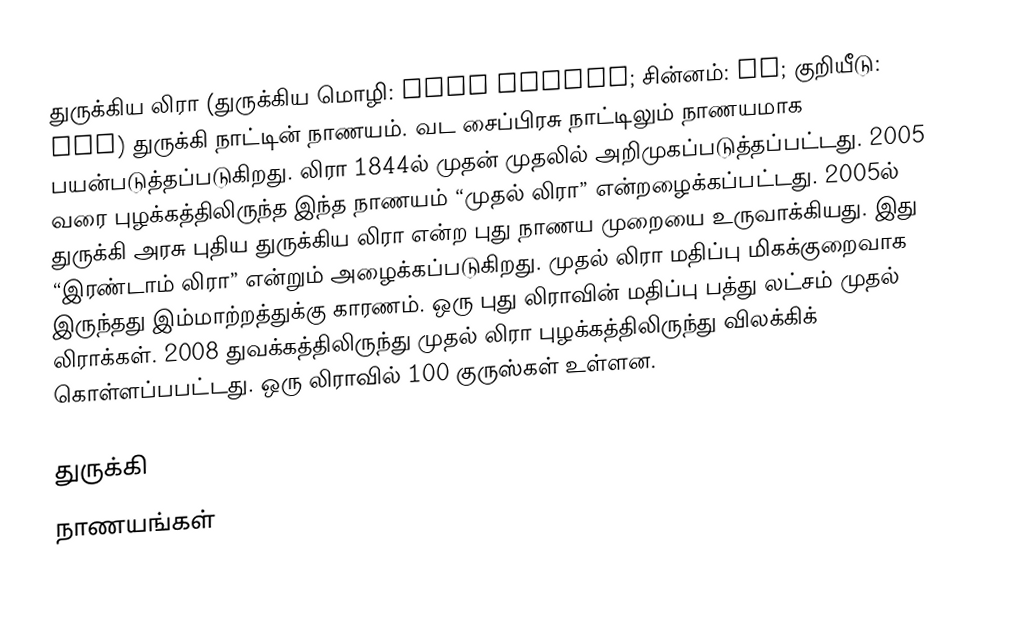
துருக்கிய லிரா (துருக்கிய மொழி: Türk lirası; சின்னம்: TL; குறியீடு: TRY) துருக்கி நாட்டின் நாணயம். வட சைப்பிரசு நாட்டிலும் நாணயமாக பயன்படுத்தப்படுகிறது. லிரா 1844ல் முதன் முதலில் அறிமுகப்படுத்தப்பட்டது. 2005 வரை புழக்கத்திலிருந்த இந்த நாணயம் “முதல் லிரா” என்றழைக்கப்பட்டது. 2005ல் துருக்கி அரசு புதிய துருக்கிய லிரா என்ற புது நாணய முறையை உருவாக்கியது. இது “இரண்டாம் லிரா” என்றும் அழைக்கப்படுகிறது. முதல் லிரா மதிப்பு மிகக்குறைவாக இருந்தது இம்மாற்றத்துக்கு காரணம். ஒரு புது லிராவின் மதிப்பு பத்து லட்சம் முதல் லிராக்கள். 2008 துவக்கத்திலிருந்து முதல் லிரா புழக்கத்திலிருந்து விலக்கிக் கொள்ளப்பபட்டது. ஒரு லிராவில் 100 குருஸ்கள் உள்ளன.

துருக்கி
நாணயங்கள்